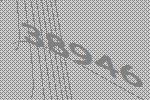
38946